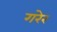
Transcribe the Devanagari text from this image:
गरेर